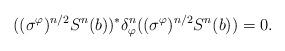
LaTeX: \begin{align*}((\sigma^{\varphi})^{n/2} S^{n}(b))^* \delta_{\varphi}^n ((\sigma^{\varphi})^{n/2} S^{n}(b)) = 0.\end{align*}